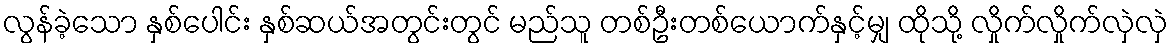
လွန်ခဲ့သော နှစ်ပေါင်း နှစ်ဆယ်အတွင်းတွင် မည်သူ တစ်ဦးတစ်ယောက်နှင့်မျှ ထိုသို့ လှိုက်လှိုက်လှဲလှဲ